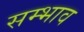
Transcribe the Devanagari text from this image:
सम्भाव